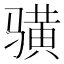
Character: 𱅦